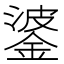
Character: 錃